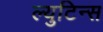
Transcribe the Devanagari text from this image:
ल्युटिन्स